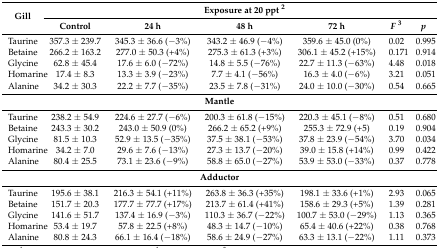
<table><thead><tr><td rowspan="2"><b>Gill</b></td><td></td><td colspan="3"><b>Exposure at 20 ppt <sup>2</sup></b></td><td></td><td></td></tr><tr><td><b>Control</b></td><td><b>24 h</b></td><td><b>48 h</b></td><td><b>72 h</b></td><td><b><i>F</i><sup>3</sup></b></td><td><b><i>p</i></b></td></tr></thead><tbody><tr><td>Taurine</td><td>357.3 ± 239.7</td><td>345.3 ± 36.6 (−3%)</td><td>343.2 ± 46.9 (−4%)</td><td>359.6 ± 45.0 (0%)</td><td>0.02</td><td>0.995</td></tr><tr><td>Betaine</td><td>266.2 ± 163.2</td><td>277.0 ± 50.3 (+4%)</td><td>275.3 ± 61.3 (+3%)</td><td>306.1 ± 45.2 (+15%)</td><td>0.171</td><td>0.914</td></tr><tr><td>Glycine</td><td>62.8 ± 45.4</td><td>17.6 ± 6.0 (−72%)</td><td>14.8 ± 5.5 (−76%)</td><td>22.7 ± 11.3 (−63%)</td><td>4.48</td><td>0.018</td></tr><tr><td>Homarine</td><td>17.4 ± 8.3</td><td>13.3 ± 3.9 (−23%)</td><td>7.7 ± 4.1 (−56%)</td><td>16.3 ± 4.0 (−6%)</td><td>3.21</td><td>0.051</td></tr><tr><td>Alanine</td><td>34.2 ± 30.3</td><td>22.2 ± 7.7 (−35%)</td><td>23.5 ± 7.8 (−31%)</td><td>24.0 ± 10.0 (−30%)</td><td>0.54</td><td>0.665</td></tr><tr><td colspan="7"><b>Mantle</b></td></tr><tr><td>Taurine</td><td>238.2 ± 54.9</td><td>224.6 ± 27.7 (−6%)</td><td>200.3 ± 61.8 (−15%)</td><td>220.3 ± 45.1 (−8%)</td><td>0.51</td><td>0.680</td></tr><tr><td>Betaine</td><td>243.3 ± 30.2</td><td>243.0 ± 50.9 (0%)</td><td>266.2 ± 65.2 (+9%)</td><td>255.3 ± 72.9 (+5)</td><td>0.19</td><td>0.904</td></tr><tr><td>Glycine</td><td>81.5 ± 10.3</td><td>52.9 ± 13.5 (−35%)</td><td>37.5 ± 38.1 (−53%)</td><td>37.8 ± 23.9 (−54%)</td><td>3.70</td><td>0.034</td></tr><tr><td>Homarine</td><td>34.2 ± 7.0</td><td>29.6 ± 7.6 (−13%)</td><td>27.3 ± 13.7 (−20%)</td><td>39.0 ± 15.8 (+14%)</td><td>0.99</td><td>0.422</td></tr><tr><td>Alanine</td><td>80.4 ± 25.5</td><td>73.1 ± 23.6 (−9%)</td><td>58.8 ± 65.0 (−27%)</td><td>53.9 ± 53.0 (−33%)</td><td>0.37</td><td>0.778</td></tr><tr><td colspan="7"><b>Adductor</b></td></tr><tr><td>Taurine</td><td>195.6 ± 38.1</td><td>216.3 ± 54.1 (+11%)</td><td>263.8 ± 36.3 (+35%)</td><td>198.1 ± 33.6 (+1%)</td><td>2.93</td><td>0.065</td></tr><tr><td>Betaine</td><td>151.7 ± 20.3</td><td>177.7 ± 77.7 (+17%)</td><td>213.7 ± 61.4 (+41%)</td><td>158.6 ± 29.3 (+5%)</td><td>1.39</td><td>0.281</td></tr><tr><td>Glycine</td><td>141.6 ± 51.7</td><td>137.4 ± 16.9 (−3%)</td><td>110.3 ± 36.7 (−22%)</td><td>100.7 ± 53.0 (−29%)</td><td>1.13</td><td>0.365</td></tr><tr><td>Homarine</td><td>53.4 ± 19.7</td><td>57.8 ± 22.5 (+8%)</td><td>48.3 ± 14.7 (−10%)</td><td>65.4 ± 40.6 (+22%)</td><td>0.38</td><td>0.768</td></tr><tr><td>Alanine</td><td>80.8 ± 24.3</td><td>66.1 ± 16.4 (−18%)</td><td>58.6 ± 24.9 (−27%)</td><td>63.3 ± 13.1 (−22%)</td><td>1.11</td><td>0.373</td></tr></tbody></table>